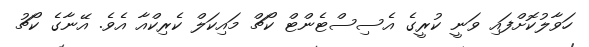
ހަވާލުކޮށްފައި ވަނީ ކުރީގެ އެސިސްޓެންޓް ކޯޗް މައިކަލް ކެރިކްއާ އެވެ. އޭނާގެ ކޯޗު